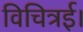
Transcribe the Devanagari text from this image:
विचित्रई।